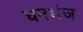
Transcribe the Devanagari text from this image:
घनभंज